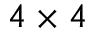
4 \times 4